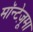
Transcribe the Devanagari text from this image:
मॉन्टेज़ूमा